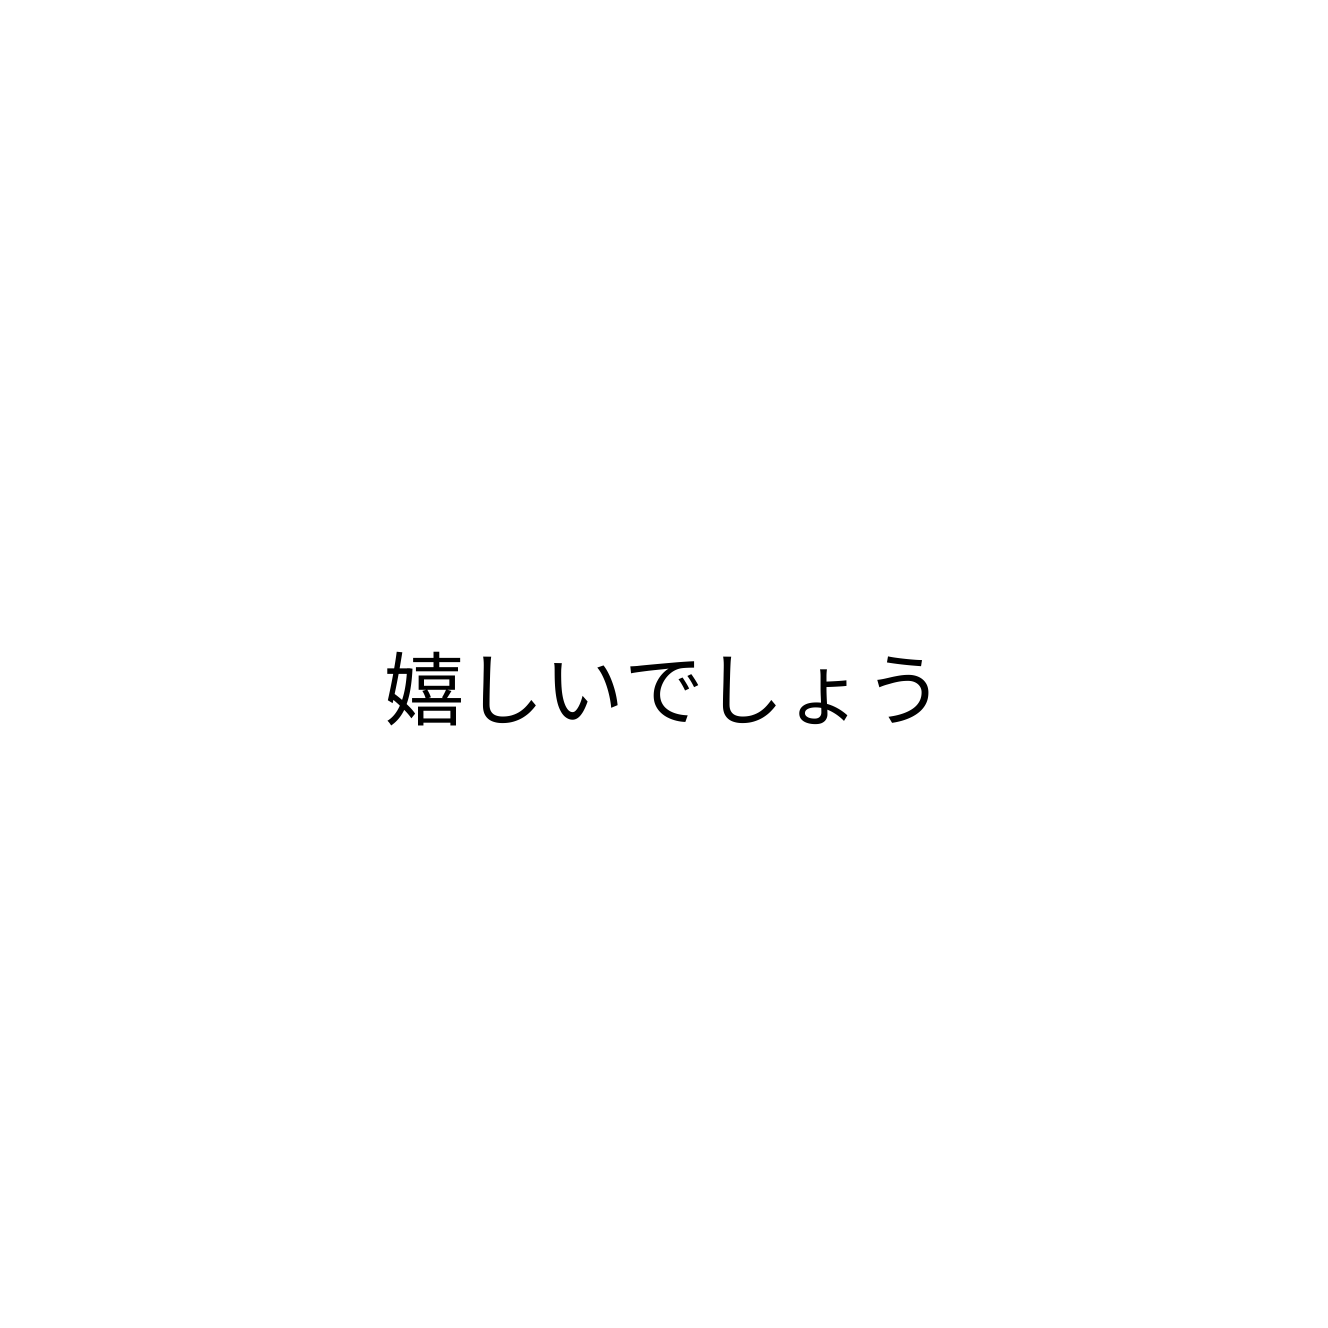
嬉しいでしょう